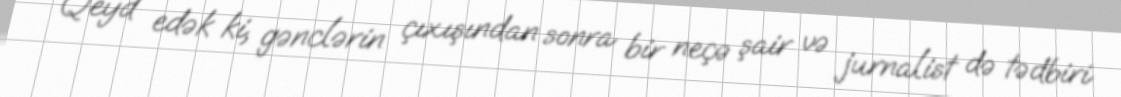
Qeyd edək ki, gənclərin çıxışından sonra bir neçə şair və jurnalist də tədbiri